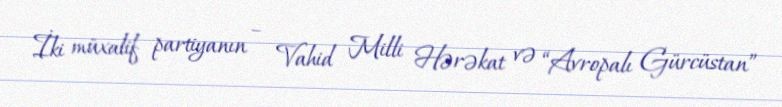
İki müxalif partiyanın – Vahid Milli Hərəkat və “Avropalı Gürcüstan”